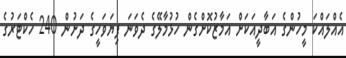
އެއްލައްކަ މީހުންގެ އަބާދީއަކަށް އަމާޒުކޮށްގެން ހުޅުމާލޭގެ ދެވަނަ ފިޔަވަހީގެ ދަށުން 240 ހެކްޓަރުގެ